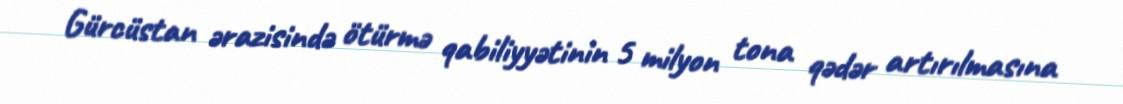
Gürcüstan ərazisində ötürmə qabiliyyətinin 5 milyon tona qədər artırılmasına